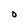
Character: O